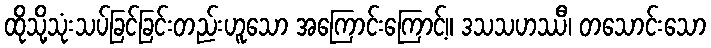
ထိုသို့သုံးသပ်ခြင်ခြင်းတည်းဟူသော အကြောင်းကြောင့်။ ဒသသဟဿီ၊ တသောင်းသော